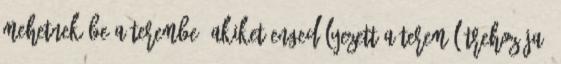
mehetnek be a terembe, akiket engedélyezett a terem létrehozója.